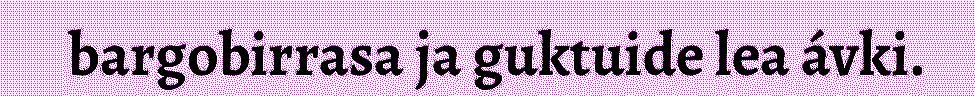
bargobirrasa ja guktuide lea ávki.